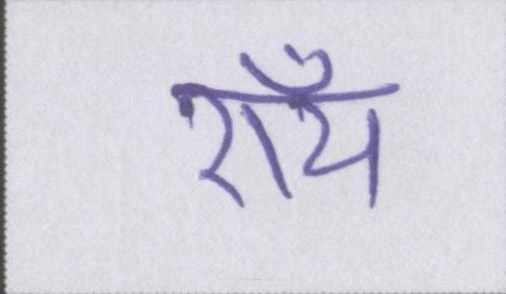
रॉय